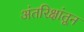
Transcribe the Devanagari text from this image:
अंतरिक्षांतून